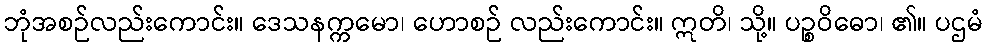
ဘုံအစဉ်လည်းကောင်း။ ဒေသနက္ကမော၊ ဟောစဉ် လည်းကောင်း။ ဣတိ၊ သို့။ ပဉ္စဝိဓော၊ ၏။ ပဌမံ